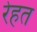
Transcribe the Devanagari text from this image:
रेहत